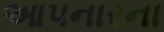
આપનારના